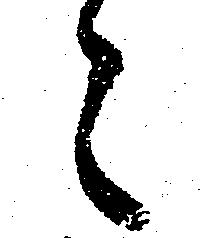
々